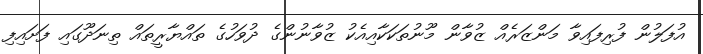
އުފަލުން ފުރިފައިވާ މަންޒަރެއް ޒުވާން މޫނުތަކަކާއިއެކު ޒުވާނުންގެ ދުވަހުގެ ތައްޔާރީތައް ތިނަދޫގައި ފަށައިފި